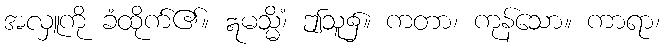
အလှူကို ခံထိုက်၏။ ဣမသ္မိံ၊ ဤသူ၌။ ကတာ၊ ကုန်သော။ ကာရာ၊